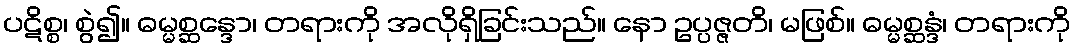
ပဋိစ္စ၊ စွဲ၍။ ဓမ္မစ္ဆန္ဒော၊ တရားကို အလိုရှိခြင်းသည်။ နော ဥပ္ပဇ္ဇတိ၊ မဖြစ်။ ဓမ္မစ္ဆန္ဒံ၊ တရားကို